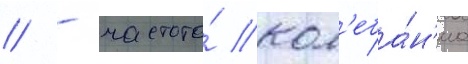
// - частота́ кол'еба́н'иа